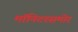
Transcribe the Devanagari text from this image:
मॉनिटरसमोर